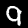
Digit: 9